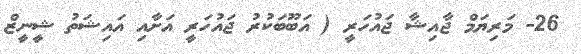
26- މަރިޔަމް ޖާއިޝާ ޖައުހަރީ ( އަބޫބަކުރު ޖައުހަރީ އަށާއި އައިޝަތު ޝީނީޒް